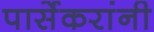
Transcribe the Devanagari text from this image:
पार्सेकरांनी